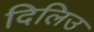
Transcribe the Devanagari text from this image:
दिलिउ